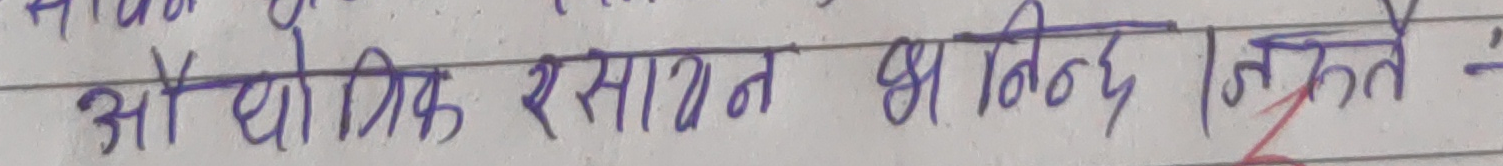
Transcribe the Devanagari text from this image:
औद्योगिक रसायनका विभिन्न उपयोगहरू :